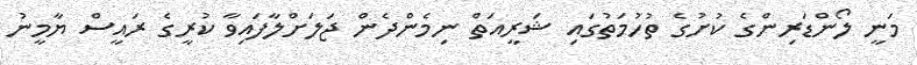
މަނީ ލޯންޑަރިންގެ ކުށުގެ ތުހުމަތުގައި ޝަރީއަތް ނިމެންދެން ޖަލަށްލާފައިވާ ކުރީގެ ރައީސް ޔާމީނު